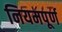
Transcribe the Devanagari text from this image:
नियमपूर्ण